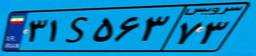
۷۶S۲۵۷۱۰